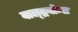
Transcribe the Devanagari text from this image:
वाल्द्रबोन्स